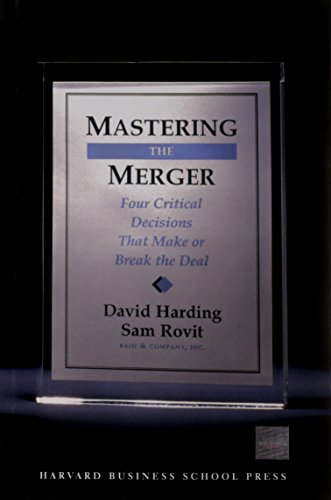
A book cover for Mastering the Merger: Four Critical Decisions That Make or Break the Deal; David Harding; Business & Money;